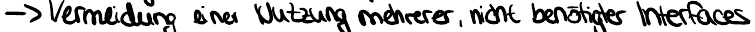
-> Vermeidung einer Nutzung mehrerer, nicht benötigter Interfaces